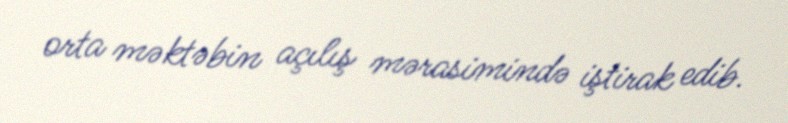
orta məktəbin açılış mərasimində iştirak edib.